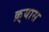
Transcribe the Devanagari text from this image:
क़्यास